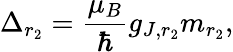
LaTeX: \Delta_{r_{2}}=\frac{\mu_{B}}{\hbar}g_{J,r_{2}}m_{r_{2}},